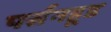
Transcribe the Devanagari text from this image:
पर्सनहूड